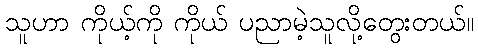
သူဟာ ကိုယ့်ကို ကိုယ် ပညာမဲ့သူလို့တွေးတယ်။